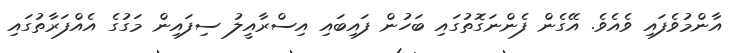
އާންމުވެފައި ވެއެވެ. އޭގެން ފެންނަގޮތުގައި ބަހުން ފައިބައި އިސްރާއީލު ސިފައިން މަގުގެ އެއްފަރާތުގައި